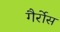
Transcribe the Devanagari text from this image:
गैर्रोस